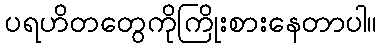
ပရဟိတတွေကိုကြိုးစားနေတာပါ။